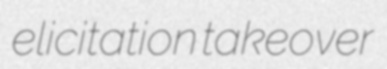
elicitation takeover